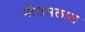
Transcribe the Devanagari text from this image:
नौत्तमलाल